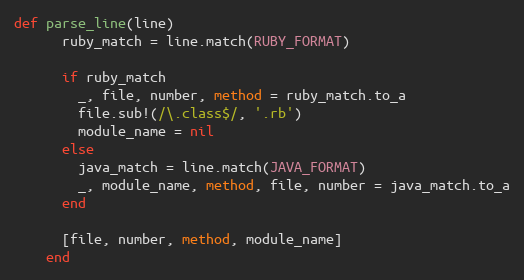
Language: Ruby
def parse_line(line)
      ruby_match = line.match(RUBY_FORMAT)

      if ruby_match
        _, file, number, method = ruby_match.to_a
        file.sub!(/\.class$/, '.rb')
        module_name = nil
      else
        java_match = line.match(JAVA_FORMAT)
        _, module_name, method, file, number = java_match.to_a
      end

      [file, number, method, module_name]
    end